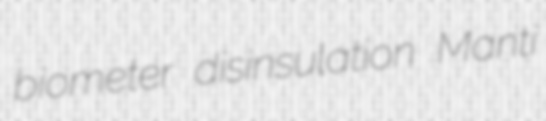
biometer disinsulation Manti